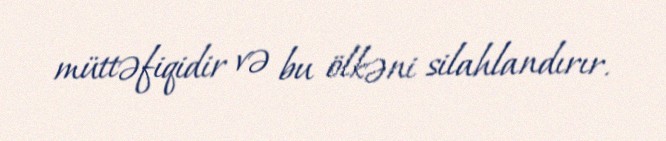
müttəfiqidir və bu ölkəni silahlandırır.